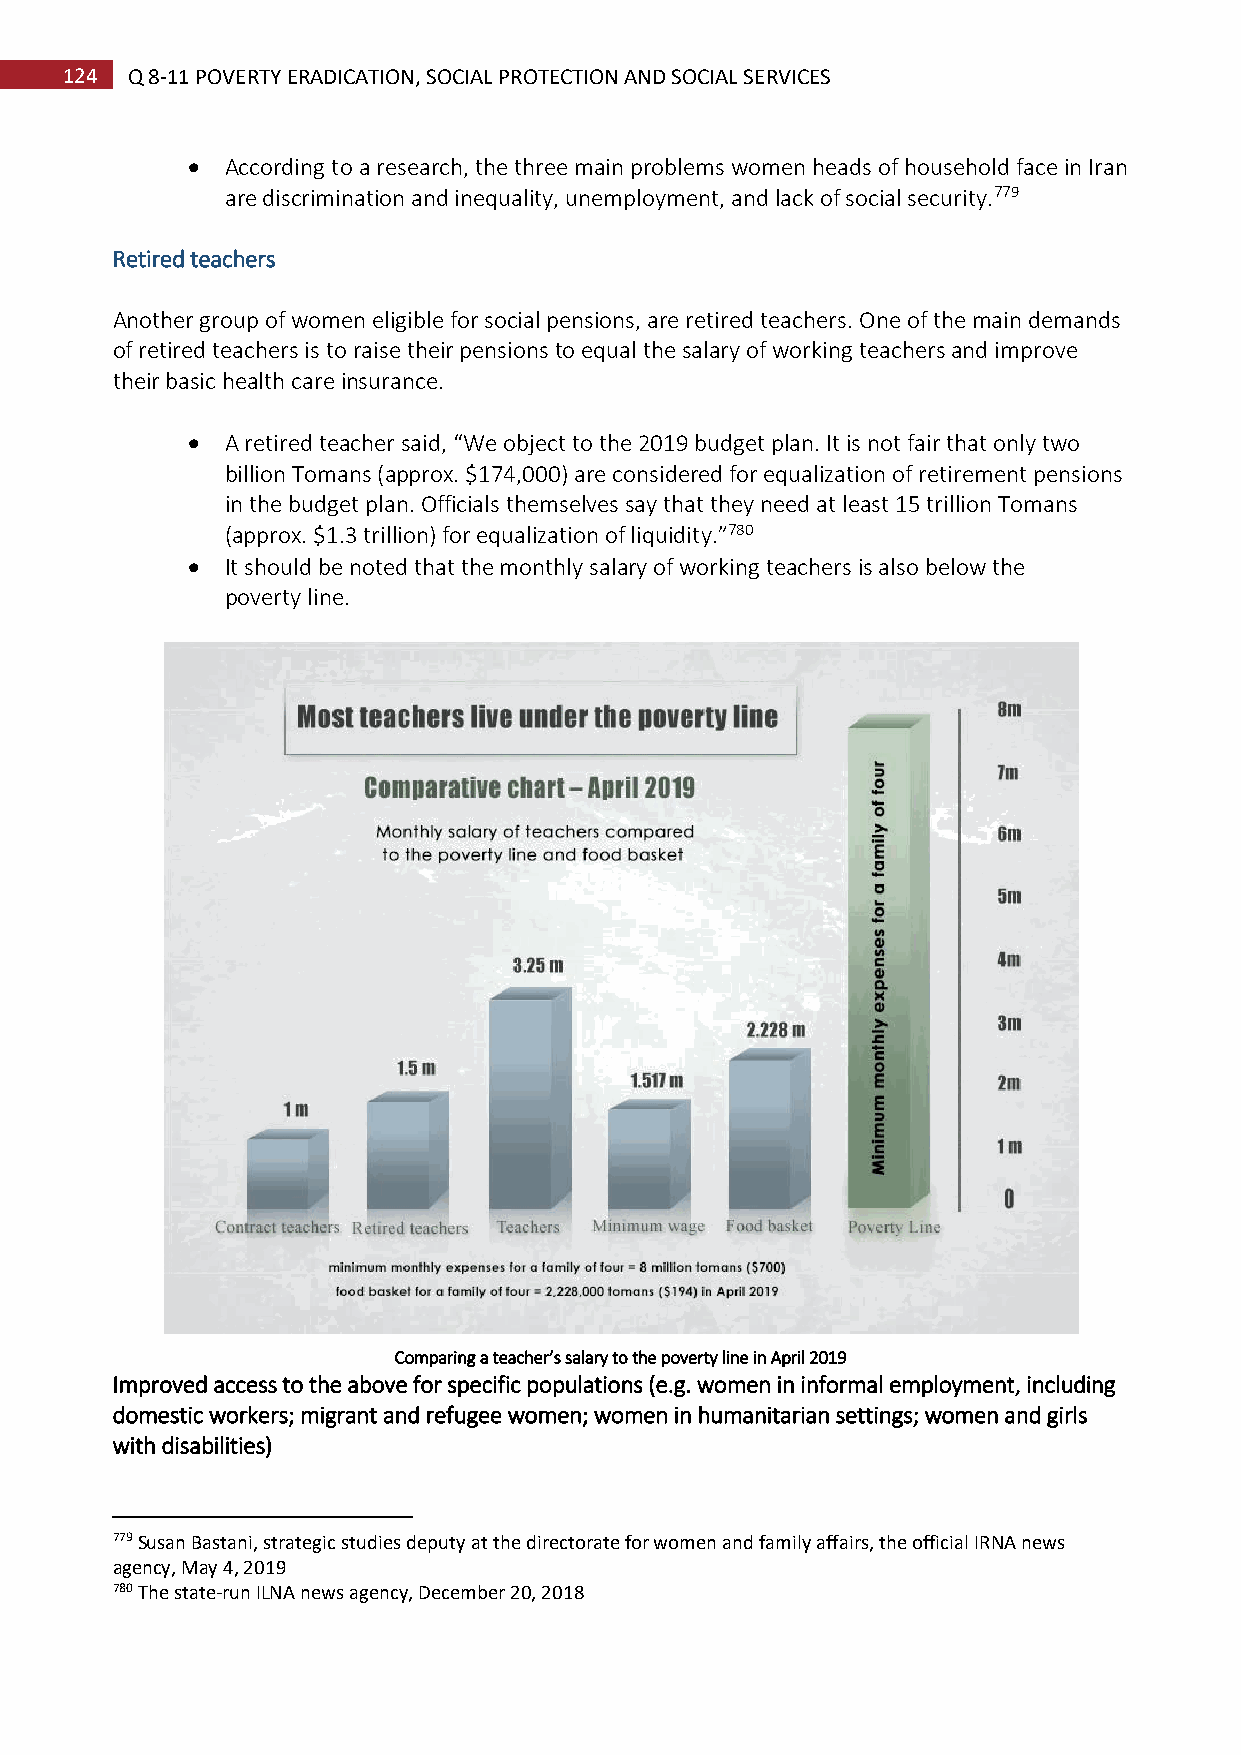
124 Q 8-11 POVERTY ERADICATION, SOCIAL PROTECTION AND SOCIAL SERVICES
   According to a research, the three main problems women heads of household face in Iran
 are discrimination and inequality, unemployment, and lack of social security.779
 Retired teachers
 Another group of women eligible for social pensions, are retired teachers. One of the main demands
 of retired teachers is to raise their pensions to equal the salary of working teachers and improve
 their basic health care insurance.
   A retired teacher said, “We object to the 2019 budget plan. It is not fair that only two
 billion Tomans (approx. $174,000) are considered for equalization of retirement pensions
 in the budget plan. Officials themselves say that they need at least 15 trillion Tomans
 (approx. $1.3 trillion) for equalization of liquidity.”780
   It should be noted that the monthly salary of working teachers is also below the
 poverty line.
 Comparing a teacher’s salary to the poverty line in April 2019
 Improved access to the above for specific populations (e.g. women in informal employment, including
 domestic workers; migrant and refugee women; women in humanitarian settings; women and girls
 with disabilities)
 779 Susan Bastani, strategic studies deputy at the directorate for women and family affairs, the official IRNA news
 agency, May 4, 2019
 780 The state-run ILNA news agency, December 20, 2018